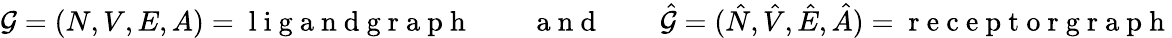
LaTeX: \mathcal{G}=(N,V,E,A)=\mathrm{~l~i~g~a~n~d~g~r~a~p~h~}\quad\quad\mathrm{~a~n~d~}\quad\quad\hat{\mathcal{G}}=(\hat{N},\hat{V},\hat{E},\hat{A})=\mathrm{~r~e~c~e~p~t~o~r~g~r~a~p~h~}